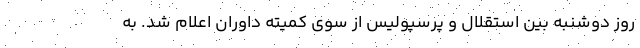
روز دوشنبه بین استقلال و پرسپولیس از سوی کمیته داوران اعلام شد. به